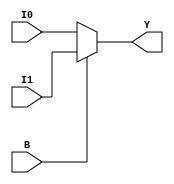
`timescale 1ns / 1ps
//////////////////////////////////////////////////////////////////////////////////
// Company: 
// Engineer: 
// 
// Design Name: 
// Module Name: mux
// Project Name: 
// Target Devices: 
// Tool Versions: 
// Description: 
// 
// Dependencies: 
// 
// Revision:
// Revision 0.01 - File Created
// Additional Comments:
// 
//////////////////////////////////////////////////////////////////////////////////


module mux(
input [3:0] I0,
input [7:4] I1,
input B,
output reg [3:0] Y
    );
    always @(B)
    begin
    if (B==0)
     Y = I0[3:0];
    else 
     Y = I1[7:4];
 end
endmodule